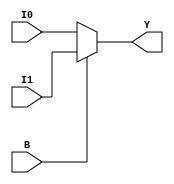
`timescale 1ns / 1ps
//////////////////////////////////////////////////////////////////////////////////
// Company: 
// Engineer: 
// 
// Design Name: 
// Module Name: mux
// Project Name: 
// Target Devices: 
// Tool Versions: 
// Description: 
// 
// Dependencies: 
// 
// Revision:
// Revision 0.01 - File Created
// Additional Comments:
// 
//////////////////////////////////////////////////////////////////////////////////


module mux(
input [3:0] I0,
input [7:4] I1,
input B,
output reg [3:0] Y
    );
    always @(B)
    begin
    if (B==0)
     Y = I0[3:0];
    else 
     Y = I1[7:4];
 end
endmodule